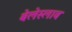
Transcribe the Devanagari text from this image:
बेलेस्लाव